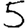
Digit: 5